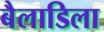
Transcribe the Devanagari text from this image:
बैलाडिला